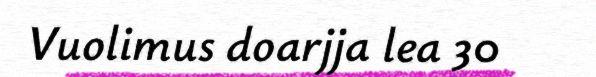
Vuolimus doarjja lea 30